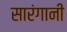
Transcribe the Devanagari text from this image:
सारंगानी